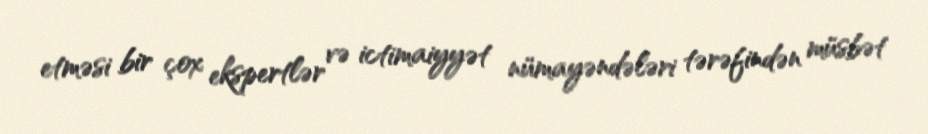
etməsi bir çox ekspertlər və ictimaiyyət nümayəndələri tərəfindən müsbət